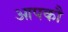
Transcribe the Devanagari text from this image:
आपकौ